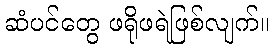
ဆံပင်တွေ ဖရိုဖရဲဖြစ်လျက်။